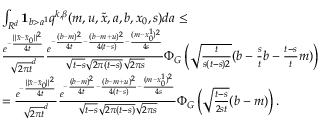
\begin{array} { r l } & { \int _ { R ^ { d } } { \mathbf 1 } _ { b > a ^ { 1 } } q ^ { k , \beta } ( m , u , \tilde { x } , a , b , x _ { 0 } , s ) d a \leq } \\ & { \frac { e ^ { - \frac { \| \tilde { x } - \tilde { x } _ { 0 } \| ^ { 2 } } { 4 t } } } { \sqrt { 2 \pi t } ^ { d } } \frac { e ^ { - \frac { ( b - m ) ^ { 2 } } { 4 t } - \frac { ( b - m + u ) ^ { 2 } } { 4 ( t - s ) } - \frac { ( m - x _ { 0 } ^ { 1 } ) ^ { 2 } } { 4 s } } } { \sqrt { t - s } \sqrt { 2 \pi ( t - s ) } \sqrt { 2 \pi s } } \Phi _ { G } \left( \sqrt { \frac { t } { s ( t - s ) 2 } } ( b - \frac { s } { t } b - \frac { t - s } { t } m ) \right) } \\ & { = \frac { e ^ { - \frac { \| \tilde { x } - \tilde { x } _ { 0 } \| ^ { 2 } } { 4 t } } } { \sqrt { 2 \pi t } ^ { d } } \frac { e ^ { - \frac { ( b - m ) ^ { 2 } } { 4 t } - \frac { ( b - m + u ) ^ { 2 } } { 4 ( t - s ) } - \frac { ( m - x _ { 0 } ^ { 1 } ) ^ { 2 } } { 4 s } } } { \sqrt { t - s } \sqrt { 2 \pi ( t - s ) } \sqrt { 2 \pi s } } \Phi _ { G } \left( \sqrt { \frac { t - s } { 2 s t } } ( b - m ) \right) . } \end{array}